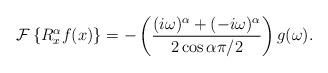
LaTeX: \begin{align*}\mathcal{F}\left\{ R_{x}^{\alpha}f(x)\right\} =-\left( \frac{(i\omega)^{\alpha}+(-i\omega)^{\alpha}}{2\cos\alpha\pi/2}\right) g(\omega).\end{align*}